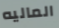
الماليه